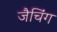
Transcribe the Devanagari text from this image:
जैचिंग